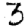
Digit: 3